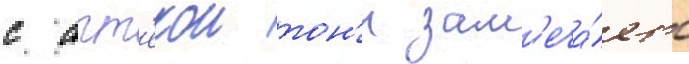
с апт'екои тон'и зам'еча́ет